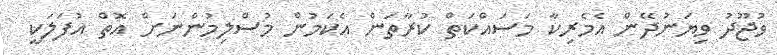
ވުޖޫދު ވިޔަނުދޭން އެމެރިކާ މަސައްކަތް ކުރާތަން އެކަމުން މުސްލިމުންނަށް އޮތް އުފަލަކީ